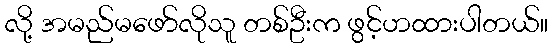
လို့ အမည်မဖော်လိုသူ တစ်ဦးက ဖွင့်ဟထားပါတယ်။